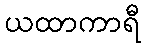
ယထာကာရီ